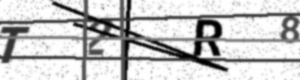
Text: T2R8